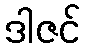
ဒါဇင်